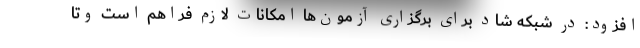
افزود: در شبکه شاد برای برگزاری آزمون‌ها امکانات لازم فراهم است وتا